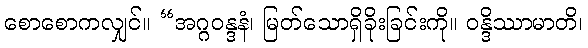
စောစောကလျှင်။ “အဂ္ဂဝန္ဒနံ၊ မြတ်သောရှိခိုးခြင်းကို။ ဝန္ဒိဿာမာတိ၊